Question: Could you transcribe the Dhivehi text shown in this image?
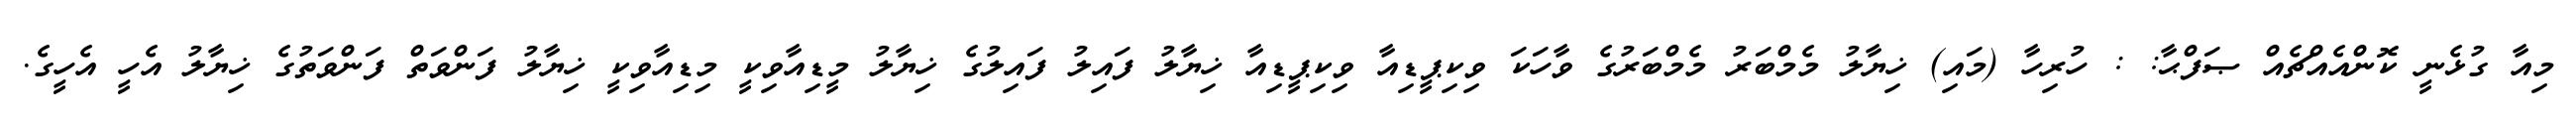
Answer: މިއާ ގުޅެނީ ކޮންއެއްޗެއް ޞަފްޙާ: : ހުރިހާ (މައި) ޚިޔާލު މެމްބަރު މެމްބަރުގެ ވާހަކަ ވިކިޕީޑިއާ ވިކިޕީޑިއާ ޚިޔާލު ފައިލު ފައިލުގެ ޚިޔާލު މީޑިއާވިކީ މިޑިއާވިކީ ޚިޔާލު ފަންވަތް ފަންވަތުގެ ޚިޔާލު އެހީ އެހީގެ.